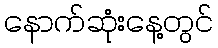
နောက်ဆုံးနေ့တွင်